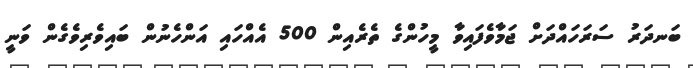
ބަނދަރު ސަރަހައްދަށް ޖަމާވެފައިވާ މީހުންގެ ތެރެއިން 500 އެއްހައި އަންހެނުން ބައިވެރިވެގެން ވަނީ